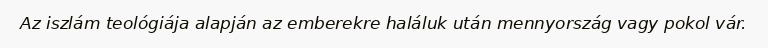
Az iszlám teológiája alapján az emberekre haláluk után mennyország vagy pokol vár.